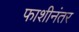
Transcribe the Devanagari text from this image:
फाशीनंतर